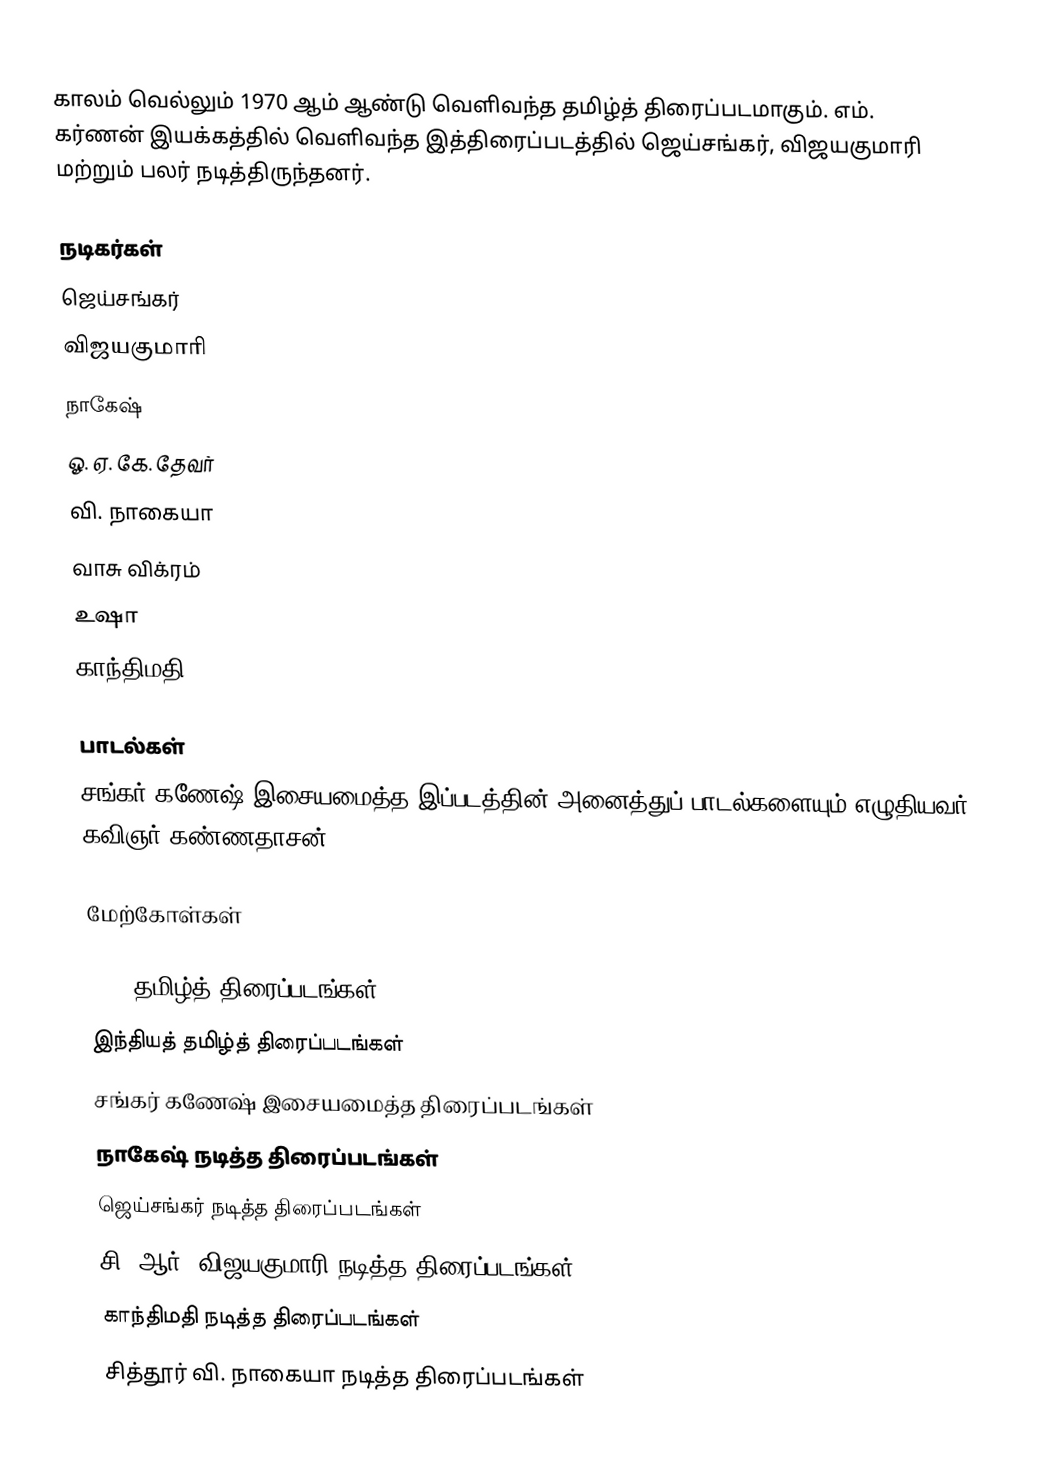
காலம் வெல்லும் 1970 ஆம் ஆண்டு வெளிவந்த தமிழ்த் திரைப்படமாகும். எம். கர்ணன் இயக்கத்தில் வெளிவந்த இத்திரைப்படத்தில் ஜெய்சங்கர், விஜயகுமாரி மற்றும் பலர் நடித்திருந்தனர்.

நடிகர்கள்
ஜெய்சங்கர்
விஜயகுமாரி
நாகேஷ்
ஓ. ஏ. கே. தேவர்
வி. நாகையா
வாசு விக்ரம்
உஷா
காந்திமதி

பாடல்கள்
சங்கர் கணேஷ் இசையமைத்த இப்படத்தின் அனைத்துப் பாடல்களையும் எழுதியவர் கவிஞர் கண்ணதாசன்.

மேற்கோள்கள்

1970 தமிழ்த் திரைப்படங்கள்
இந்தியத் தமிழ்த் திரைப்படங்கள்
சங்கர் கணேஷ் இசையமைத்த திரைப்படங்கள்
நாகேஷ் நடித்த திரைப்படங்கள்
ஜெய்சங்கர் நடித்த திரைப்படங்கள்
சி. ஆர். விஜயகுமாரி நடித்த திரைப்படங்கள்
காந்திமதி நடித்த திரைப்படங்கள்
சித்தூர் வி. நாகையா நடித்த திரைப்படங்கள்